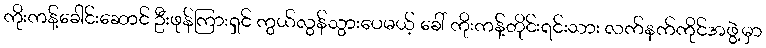
ကိုးကန့်ခေါင်းဆောင် ဦးဖုန်ကြားရှင် ကွယ်လွန်သွားပေမယ့် ခေါ် ကိုးကန့်တိုင်းရင်းသား လက်နက်ကိုင်အဖွဲ့မှာ